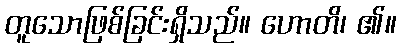
တူသောဖြစ်ခြင်းရှိသည်။ ဟောတိ၊ ၏။